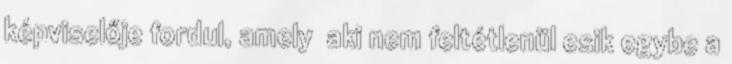
képviselője fordul, amely aki nem feltétlenül esik egybe a